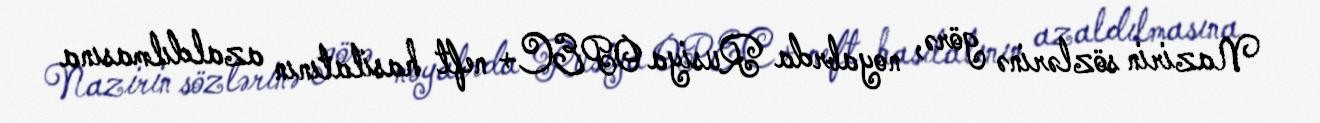
Nazirin sözlərinə görə, noyabrda Rusiya OPEC+ neft hasilatının azaldılmasına